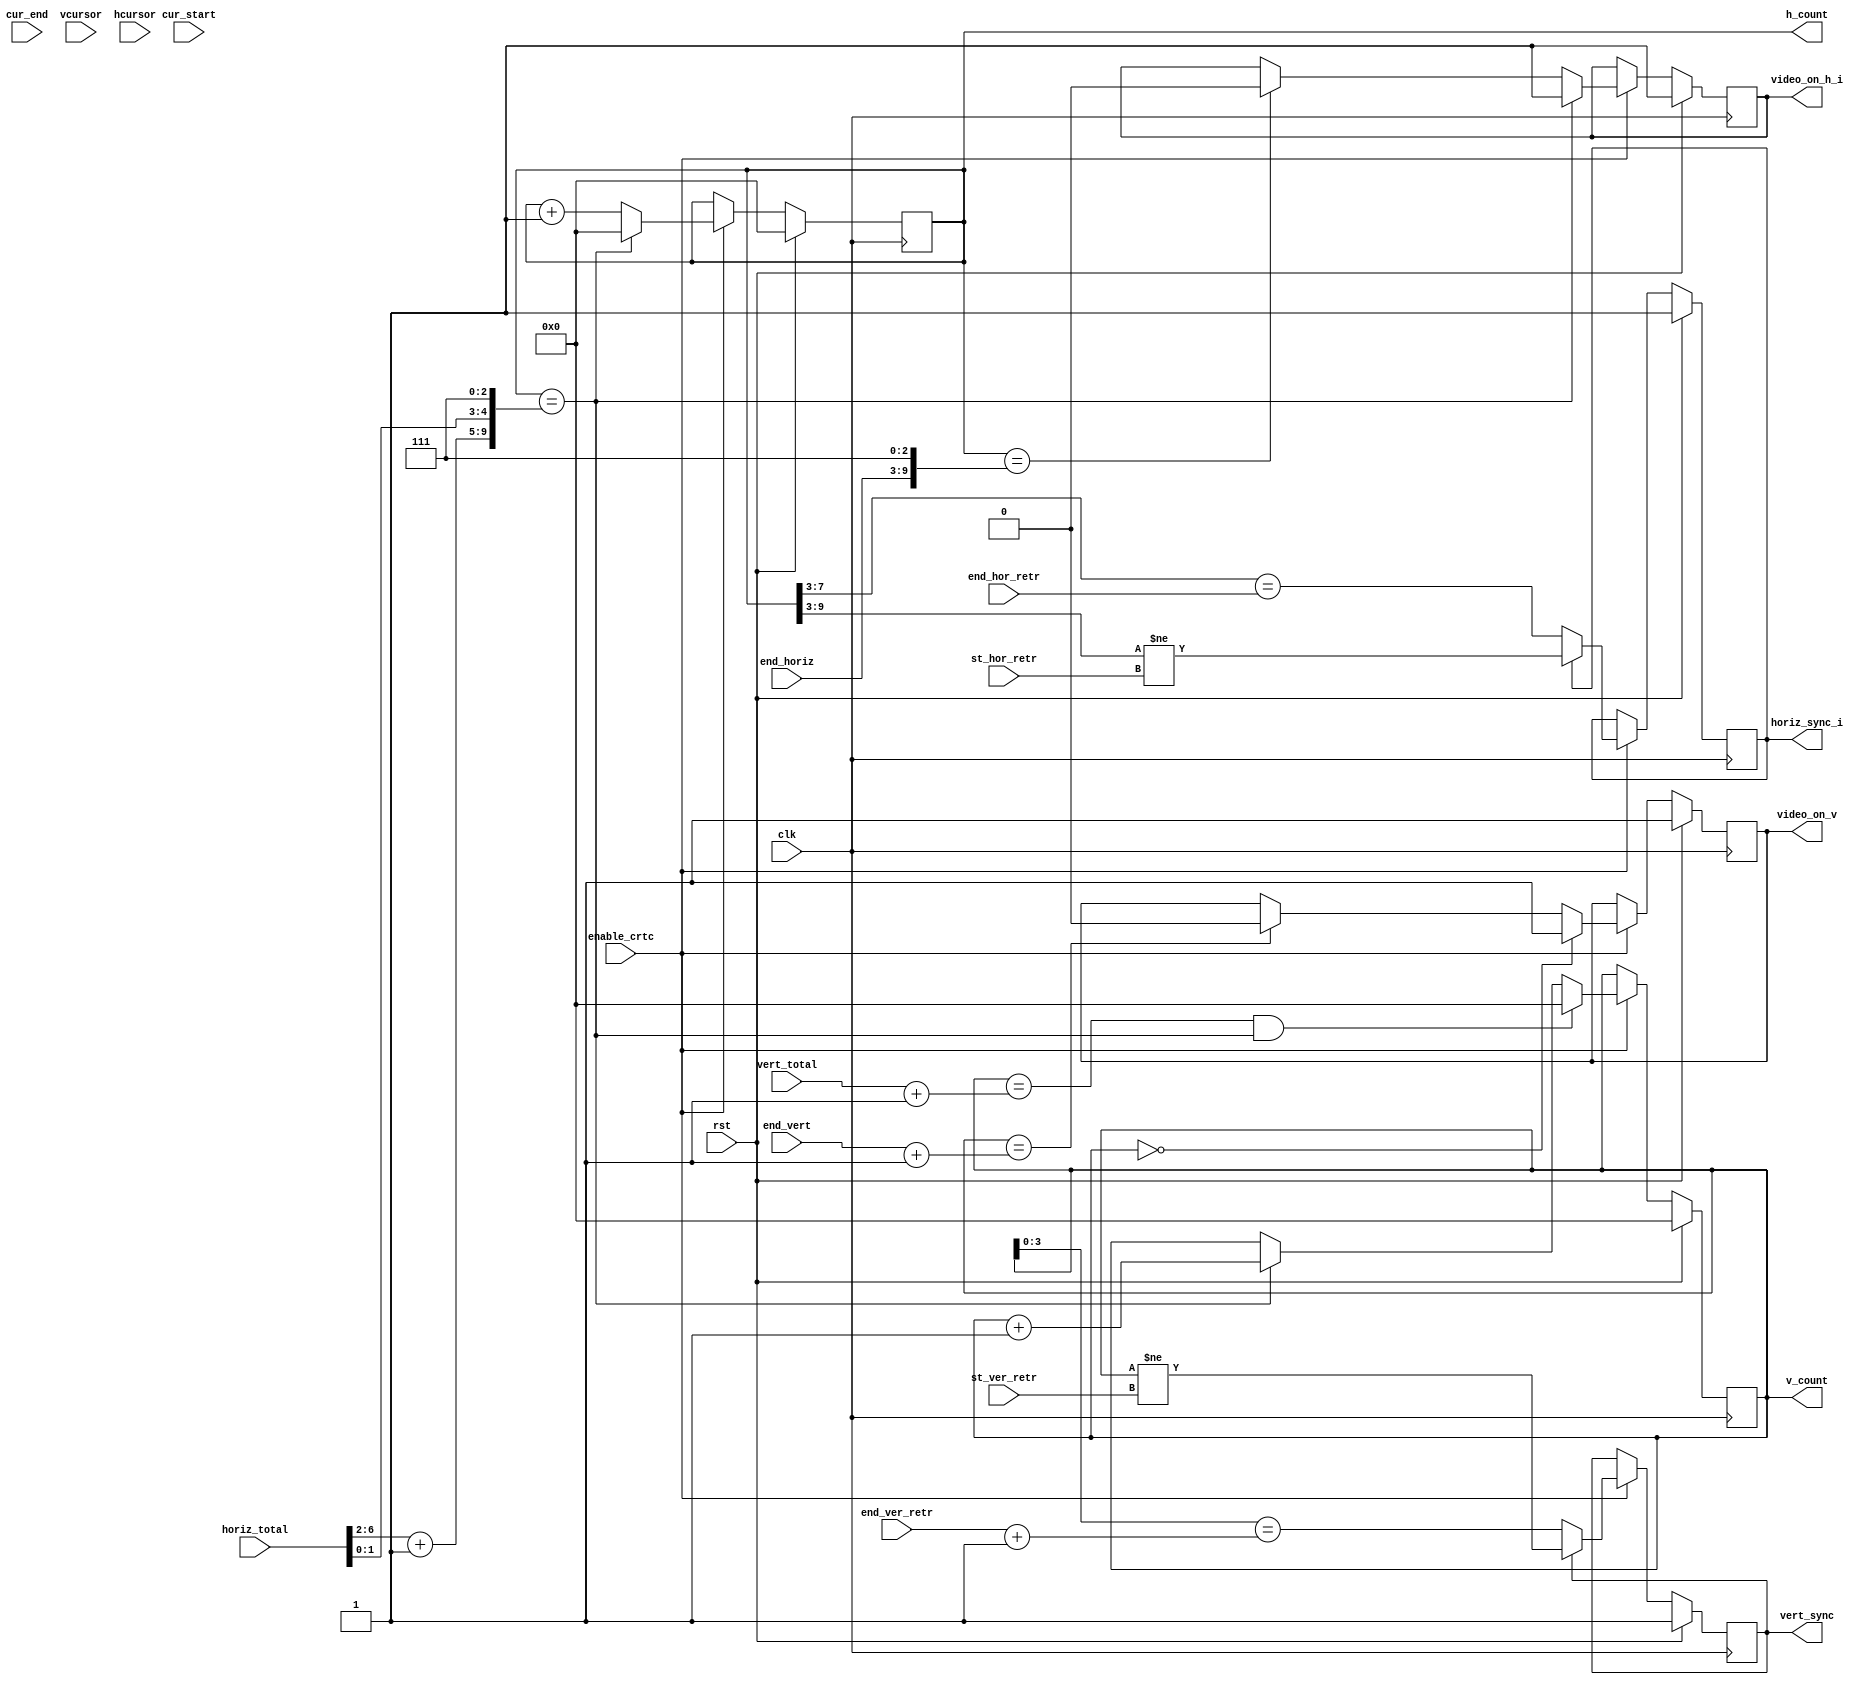
module vga_crtc_fml (
    input         clk,              // 100 Mhz clock
    input         rst,

    input         enable_crtc,

    // CRTC configuration signals

    input [5:0]   cur_start,
    input [5:0]   cur_end,
    input [4:0]   vcursor,
    input [6:0]   hcursor,

    input [6:0]   horiz_total,
    input [6:0]   end_horiz,
    input [6:0]   st_hor_retr,
    input [4:0]   end_hor_retr,
    input [9:0]   vert_total,
    input [9:0]   end_vert,
    input [9:0]   st_ver_retr,
    input [3:0]   end_ver_retr,

    // CRTC output signals

    output reg [9:0]  h_count,      // Horizontal pipeline delay is 2 cycles
    output reg        horiz_sync_i,

    output reg [9:0]  v_count,      // 0 to VER_SCAN_END
    output reg        vert_sync,

    output reg        video_on_h_i,
    output reg        video_on_v

  );

  // Registers and nets
  wire [9:0] hor_disp_end;
  wire [9:0] hor_scan_end;
  wire [9:0] ver_disp_end;
  wire [9:0] ver_sync_beg;
  wire [3:0] ver_sync_end;
  wire [9:0] ver_scan_end;

  // Continuous assignments
  assign hor_scan_end = { horiz_total[6:2] + 1'b1, horiz_total[1:0], 3'h7 };
  assign hor_disp_end = { end_horiz, 3'h7 };
  assign ver_scan_end = vert_total + 10'd1;
  assign ver_disp_end = end_vert + 10'd1;
  assign ver_sync_beg = st_ver_retr;
  assign ver_sync_end = end_ver_retr + 4'd1;

  // Sync generation & timing process
  // Generate horizontal and vertical timing signals for video signal
  always @(posedge clk)
    if (rst)
      begin
        h_count      <= 10'b0;
        horiz_sync_i <= 1'b1;
        v_count      <= 10'b0;
        vert_sync    <= 1'b1;
        video_on_h_i <= 1'b1;
        video_on_v   <= 1'b1;
      end
    else
      if (enable_crtc)
        begin
          h_count      <= (h_count==hor_scan_end) ? 10'b0 : h_count + 10'b1;
          horiz_sync_i <= horiz_sync_i ? (h_count[9:3]!=st_hor_retr)
                                       : (h_count[7:3]==end_hor_retr);
          v_count      <= (v_count==ver_scan_end && h_count==hor_scan_end) ? 10'b0
                        : ((h_count==hor_scan_end) ? v_count + 10'b1 : v_count);
          vert_sync    <= vert_sync ? (v_count!=ver_sync_beg)
                                    : (v_count[3:0]==ver_sync_end);

          video_on_h_i <= (h_count==hor_scan_end) ? 1'b1
                        : ((h_count==hor_disp_end) ? 1'b0 : video_on_h_i);
          video_on_v   <= (v_count==10'h0) ? 1'b1
                        : ((v_count==ver_disp_end) ? 1'b0 : video_on_v);
        end

endmodule